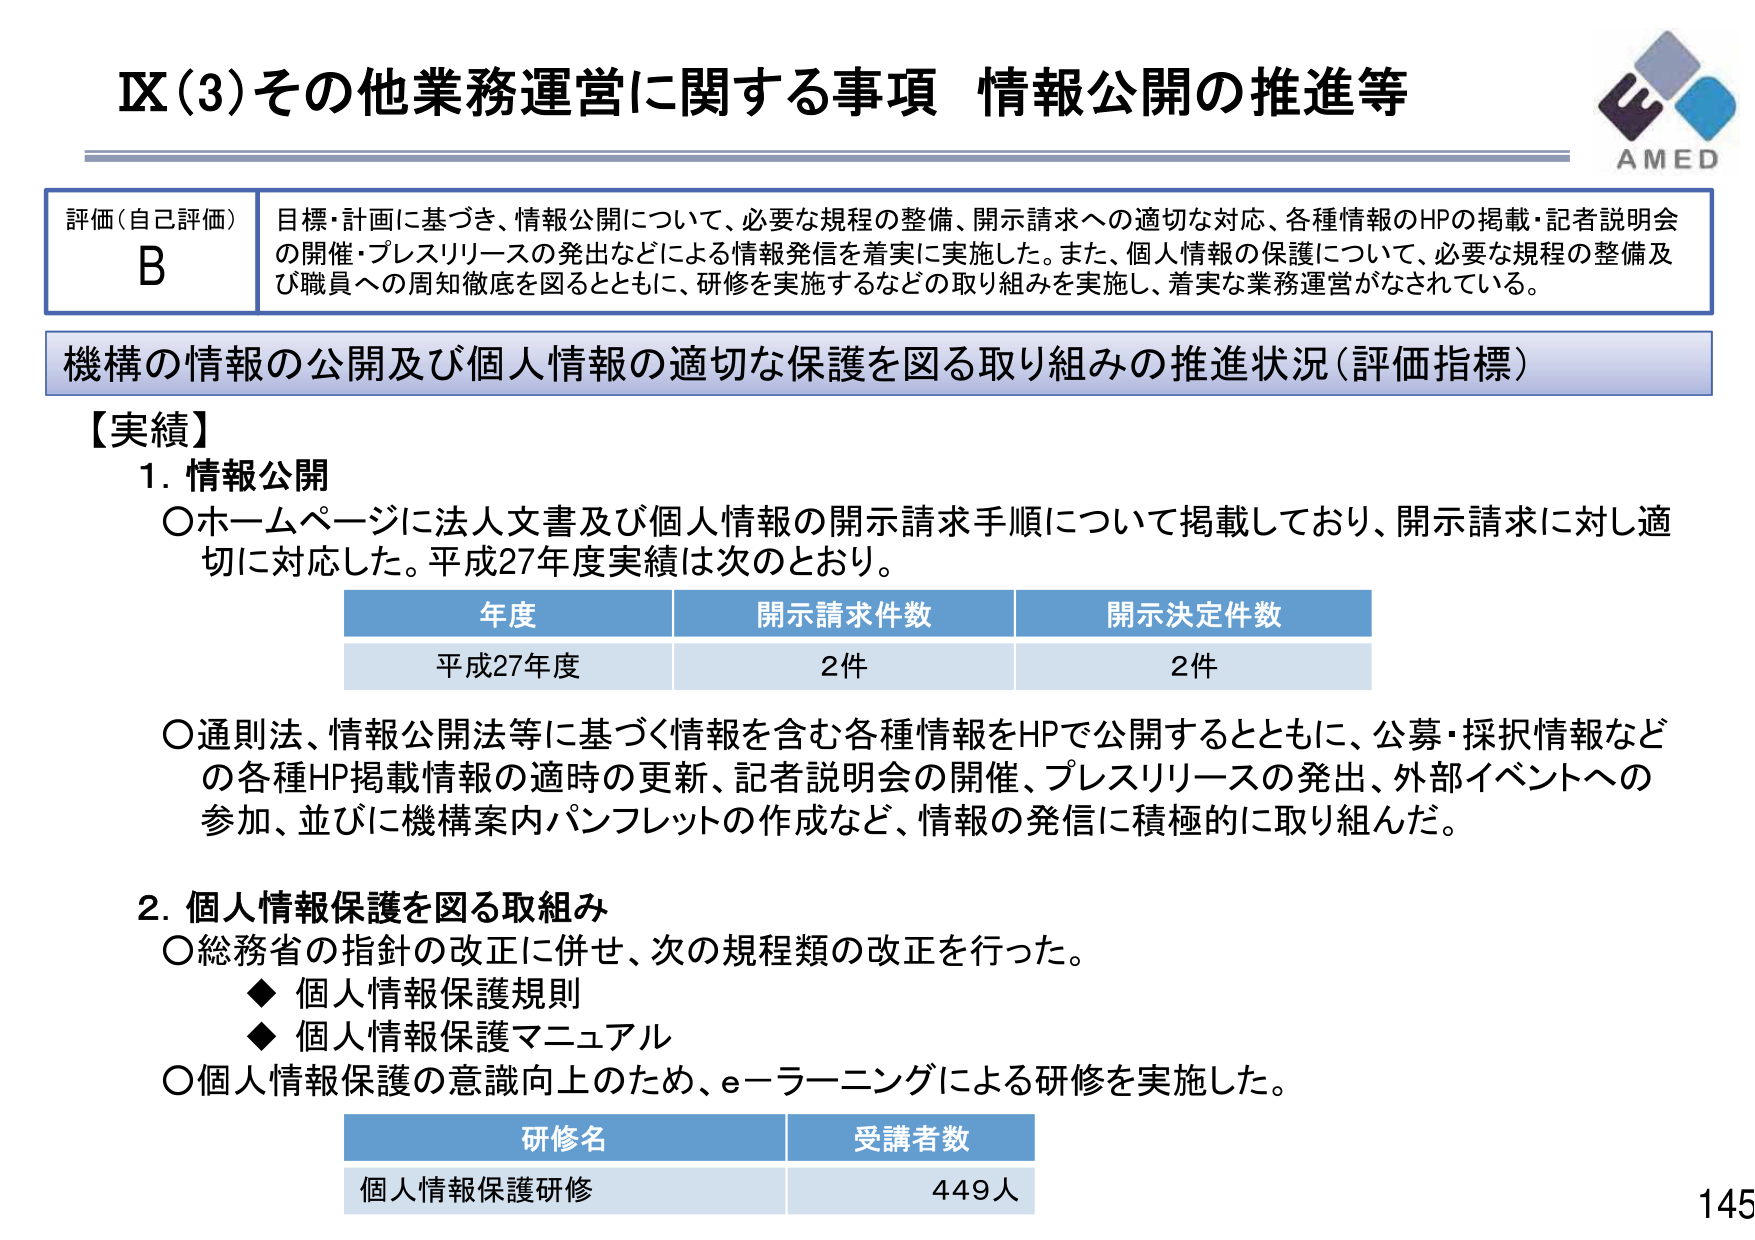
IX(3)その他業務運営に関する事項 情報公開の推進等

評価(自己評価) B
目標・計画に基づき、情報公開について、必要な規程の整備、開示請求への適切な対応、各種情報のHPの掲載・記者説明会の開催・プレスリリースの発出などによる情報発信を着実に実施した。また、個人情報の保護について、必要な規程の整備及び職員への周知徹底を図るとともに、研修を実施するなどの取り組みを実施し、着実な業務運営がなされている。

機構の情報の公開及び個人情報の適切な保護を図る取り組みの推進状況（評価指標）

【実績】
1. 情報公開
〇ホームページに法人文書及び個人情報の開示請求手順について掲載しており、開示請求に対し適切に対応した。平成27年度実績は次のとおり。

年度 開示請求件数 開示決定件数
平成27年度 2件 2件

〇通則法、情報公開法等に基づく情報を含む各種情報をHPで公開するとともに、公募・採択情報などの各種HP掲載情報の適時の更新、記者説明会の開催、プレスリリースの発出、外部イベントへの参加、並びに機構案内パンフレットの作成など、情報の発信に積極的に取り組んだ。

2. 個人情報保護を図る取組み
〇総務省の指針の改正に併せ、次の規程類の改正を行った。
◆ 個人情報保護規則
◆ 個人情報保護マニュアル
〇個人情報保護の意識向上のため、e-ラーニングによる研修を実施した。

研修名 受講者数
個人情報保護研修 449人

AMED
145